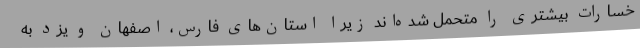
خسارات بیشتری را متحمل شده‌اند زیرا استان‌های فارس، اصفهان و یزد به